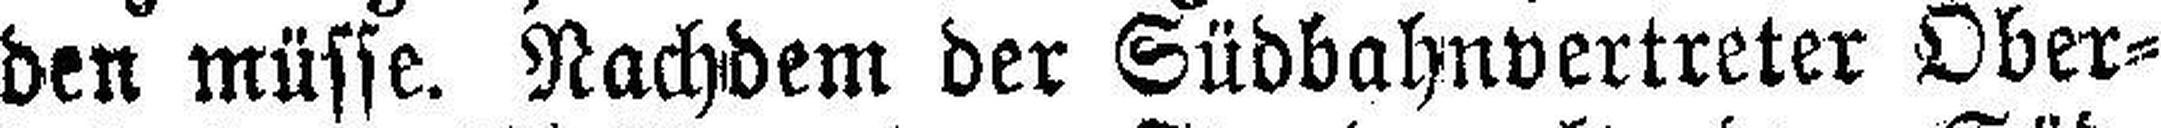
den müsse. Nachdem der Südbahnvertreter Ober¬